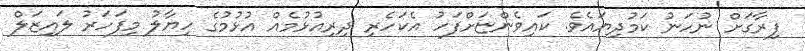
ފިރާގަށް ނުހަނު ކަމުދިޔައެވެ. ކައިވެންޏަށްފަހު އެކަހެރި ދިރިއުޅުމެއް އުޅުމުގެ ހިޔާލު މިފަހަރު ލައިޒަލް